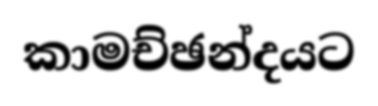
කාමච්ඡන්දයට